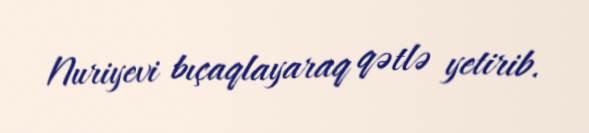
Nuriyevi bıçaqlayaraq qətlə yetirib.